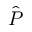
\hat { \boldsymbol P }